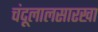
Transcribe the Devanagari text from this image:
चंदूलालसारखा